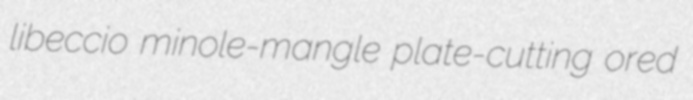
libeccio minole-mangle plate-cutting ored